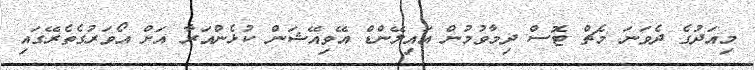
މިއަދުގެ ދެވަނަ މެޗް ޓޮސް ދިމާވުމުން އައިލޭންޑް އޭވިއޭޝަން ކުޅެންއަރާ އަށް އޯވަރުގެތެރޭގައި